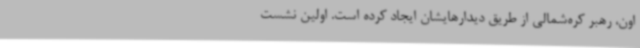
اون، رهبر کره‌شمالی از طریق دیدارهایشان ایجاد کرده است. اولین نشست